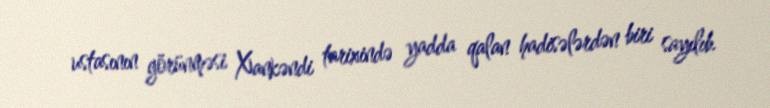
ustasının görünməsi Xankəndi tarixində yadda qalan hadisələrdən biri sayılıb.